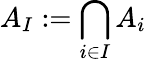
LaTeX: A_{I}:=\bigcap_{i\in I}A_{i}